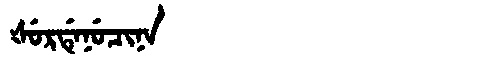
Manchu: ᡧᡠᡵᡩᡝᠨᡠᠴᡳᠨᠠ
Romanization: ŠURDENUCINA